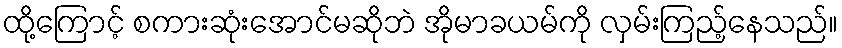
ထို့ကြောင့် စကားဆုံးအောင်မဆိုဘဲ အိုမာခယမ်ကို လှမ်းကြည့်နေသည်။